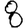
Digit: 8